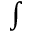
\scriptstyle \int